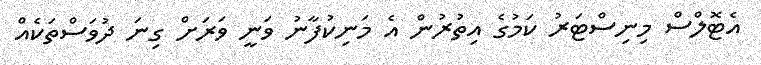
އެޓޮލްސް މިނިސްޓަރު ކަމުގެ އިތުރުން އެ މަނިކުފާނު ވަނީ ވަރަށް ގިނަ ދުވަސްތަކެއް